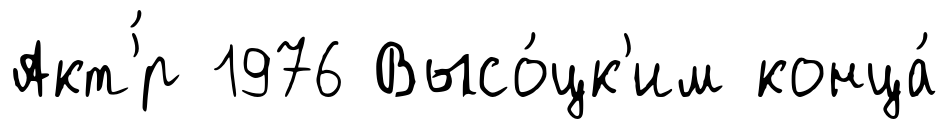
Акт'́р 1976 Высо́цк'им конца́